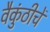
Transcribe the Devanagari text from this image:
वैकुंठीचें